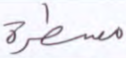
مسطرة